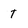
Character: T